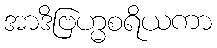
အာဒိဗြဟ္မစရိယကာ